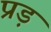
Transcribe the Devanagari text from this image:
प्रड़